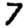
Digit: 7